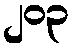
၂၀၃